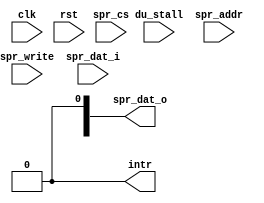
module or1200_tt(
	// RISC Internal Interface
	clk, rst, du_stall,
	spr_cs, spr_write, spr_addr, spr_dat_i, spr_dat_o,
	intr
);

//
// RISC Internal Interface
//
input		clk;		// Clock
input		rst;		// Reset
input		du_stall;	// DU stall
input		spr_cs;		// SPR CS
input		spr_write;	// SPR Write
input	[31:0]	spr_addr;	// SPR Address
input	[31:0]	spr_dat_i;	// SPR Write Data
output	[31:0]	spr_dat_o;	// SPR Read Data
output		intr;		// Interrupt output

`ifdef OR1200_TT_IMPLEMENTED

//
// TT Mode Register bits (or no register)
//
`ifdef OR1200_TT_TTMR
reg	[31:0]	ttmr;	// TTMR bits
`else
wire	[31:0]	ttmr;	// No TTMR register
`endif

//
// TT Count Register bits (or no register)
//
`ifdef OR1200_TT_TTCR
reg	[31:0]	ttcr;	// TTCR bits
`else
wire	[31:0]	ttcr;	// No TTCR register
`endif

//
// Internal wires & regs
//
wire		ttmr_sel;	// TTMR select
wire		ttcr_sel;	// TTCR select
wire		match;		// Asserted when TTMR[TP]
				// is equal to TTCR[27:0]
wire		restart;	// Restart counter when asserted
wire		stop;		// Stop counter when asserted
reg	[31:0] 	spr_dat_o;	// SPR data out

//
// TT registers address decoder
//
assign ttmr_sel = (spr_cs && (spr_addr[`OR1200_TTOFS_BITS] == `OR1200_TT_OFS_TTMR)) ? 1'b1 : 1'b0;
assign ttcr_sel = (spr_cs && (spr_addr[`OR1200_TTOFS_BITS] == `OR1200_TT_OFS_TTCR)) ? 1'b1 : 1'b0;

//
// Write to TTMR or update of TTMR[IP] bit
//
`ifdef OR1200_TT_TTMR
always @(posedge clk or posedge rst)
	if (rst)
		ttmr <= 32'b0;
	else if (ttmr_sel && spr_write)
		ttmr <= #1 spr_dat_i;
	else if (ttmr[`OR1200_TT_TTMR_IE])
		ttmr[`OR1200_TT_TTMR_IP] <= #1 ttmr[`OR1200_TT_TTMR_IP] | (match & ttmr[`OR1200_TT_TTMR_IE]);
`else
assign ttmr = {2'b11, 30'b0};	// TTMR[M] = 0x3
`endif

//
// Write to or increment of TTCR
//
`ifdef OR1200_TT_TTCR
always @(posedge clk or posedge rst)
	if (rst)
		ttcr <= 32'b0;
	else if (restart)
		ttcr <= #1 32'b0;
	else if (ttcr_sel && spr_write)
		ttcr <= #1 spr_dat_i;
	else if (!stop)
		ttcr <= #1 ttcr + 32'd1;
`else
assign ttcr = 32'b0;
`endif

//
// Read TT registers
//
always @(spr_addr or ttmr or ttcr)
	case (spr_addr[`OR1200_TTOFS_BITS])	// synopsys parallel_case
`ifdef OR1200_TT_READREGS
		`OR1200_TT_OFS_TTMR: spr_dat_o = ttmr;
`endif
		default: spr_dat_o = ttcr;
	endcase

//
// A match when TTMR[TP] is equal to TTCR[27:0]
//
assign match = (ttmr[`OR1200_TT_TTMR_TP] == ttcr[27:0]) ? 1'b1 : 1'b0;

//
// Restart when match and TTMR[M]==0x1
//
assign restart = match && (ttmr[`OR1200_TT_TTMR_M] == 2'b01);

//
// Stop when match and TTMR[M]==0x2 or when TTMR[M]==0x0 or when RISC is stalled by debug unit
//
assign stop = match & (ttmr[`OR1200_TT_TTMR_M] == 2'b10) | (ttmr[`OR1200_TT_TTMR_M] == 2'b00) | du_stall;

//
// Generate an interrupt request
//
assign intr = ttmr[`OR1200_TT_TTMR_IP];

`else

//
// When TT is not implemented, drive all outputs as would when TT is disabled
//
assign intr = 1'b0;

//
// Read TT registers
//
`ifdef OR1200_TT_READREGS
assign spr_dat_o = 32'b0;
`endif

`endif

endmodule